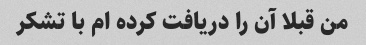
من قبلا آن را دریافت کرده ام با تشکر